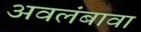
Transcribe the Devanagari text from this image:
अवलंबावा